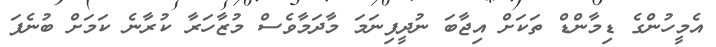
އެމީހުންގެ ޑިމާންޑް ތަކަށް އިޖާބަ ނުދީފިނަމަ މާދަމާވެސް މުޒާހަރާ ކުރާނެ ކަމަށް ބުނެފަ